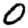
Digit: 0